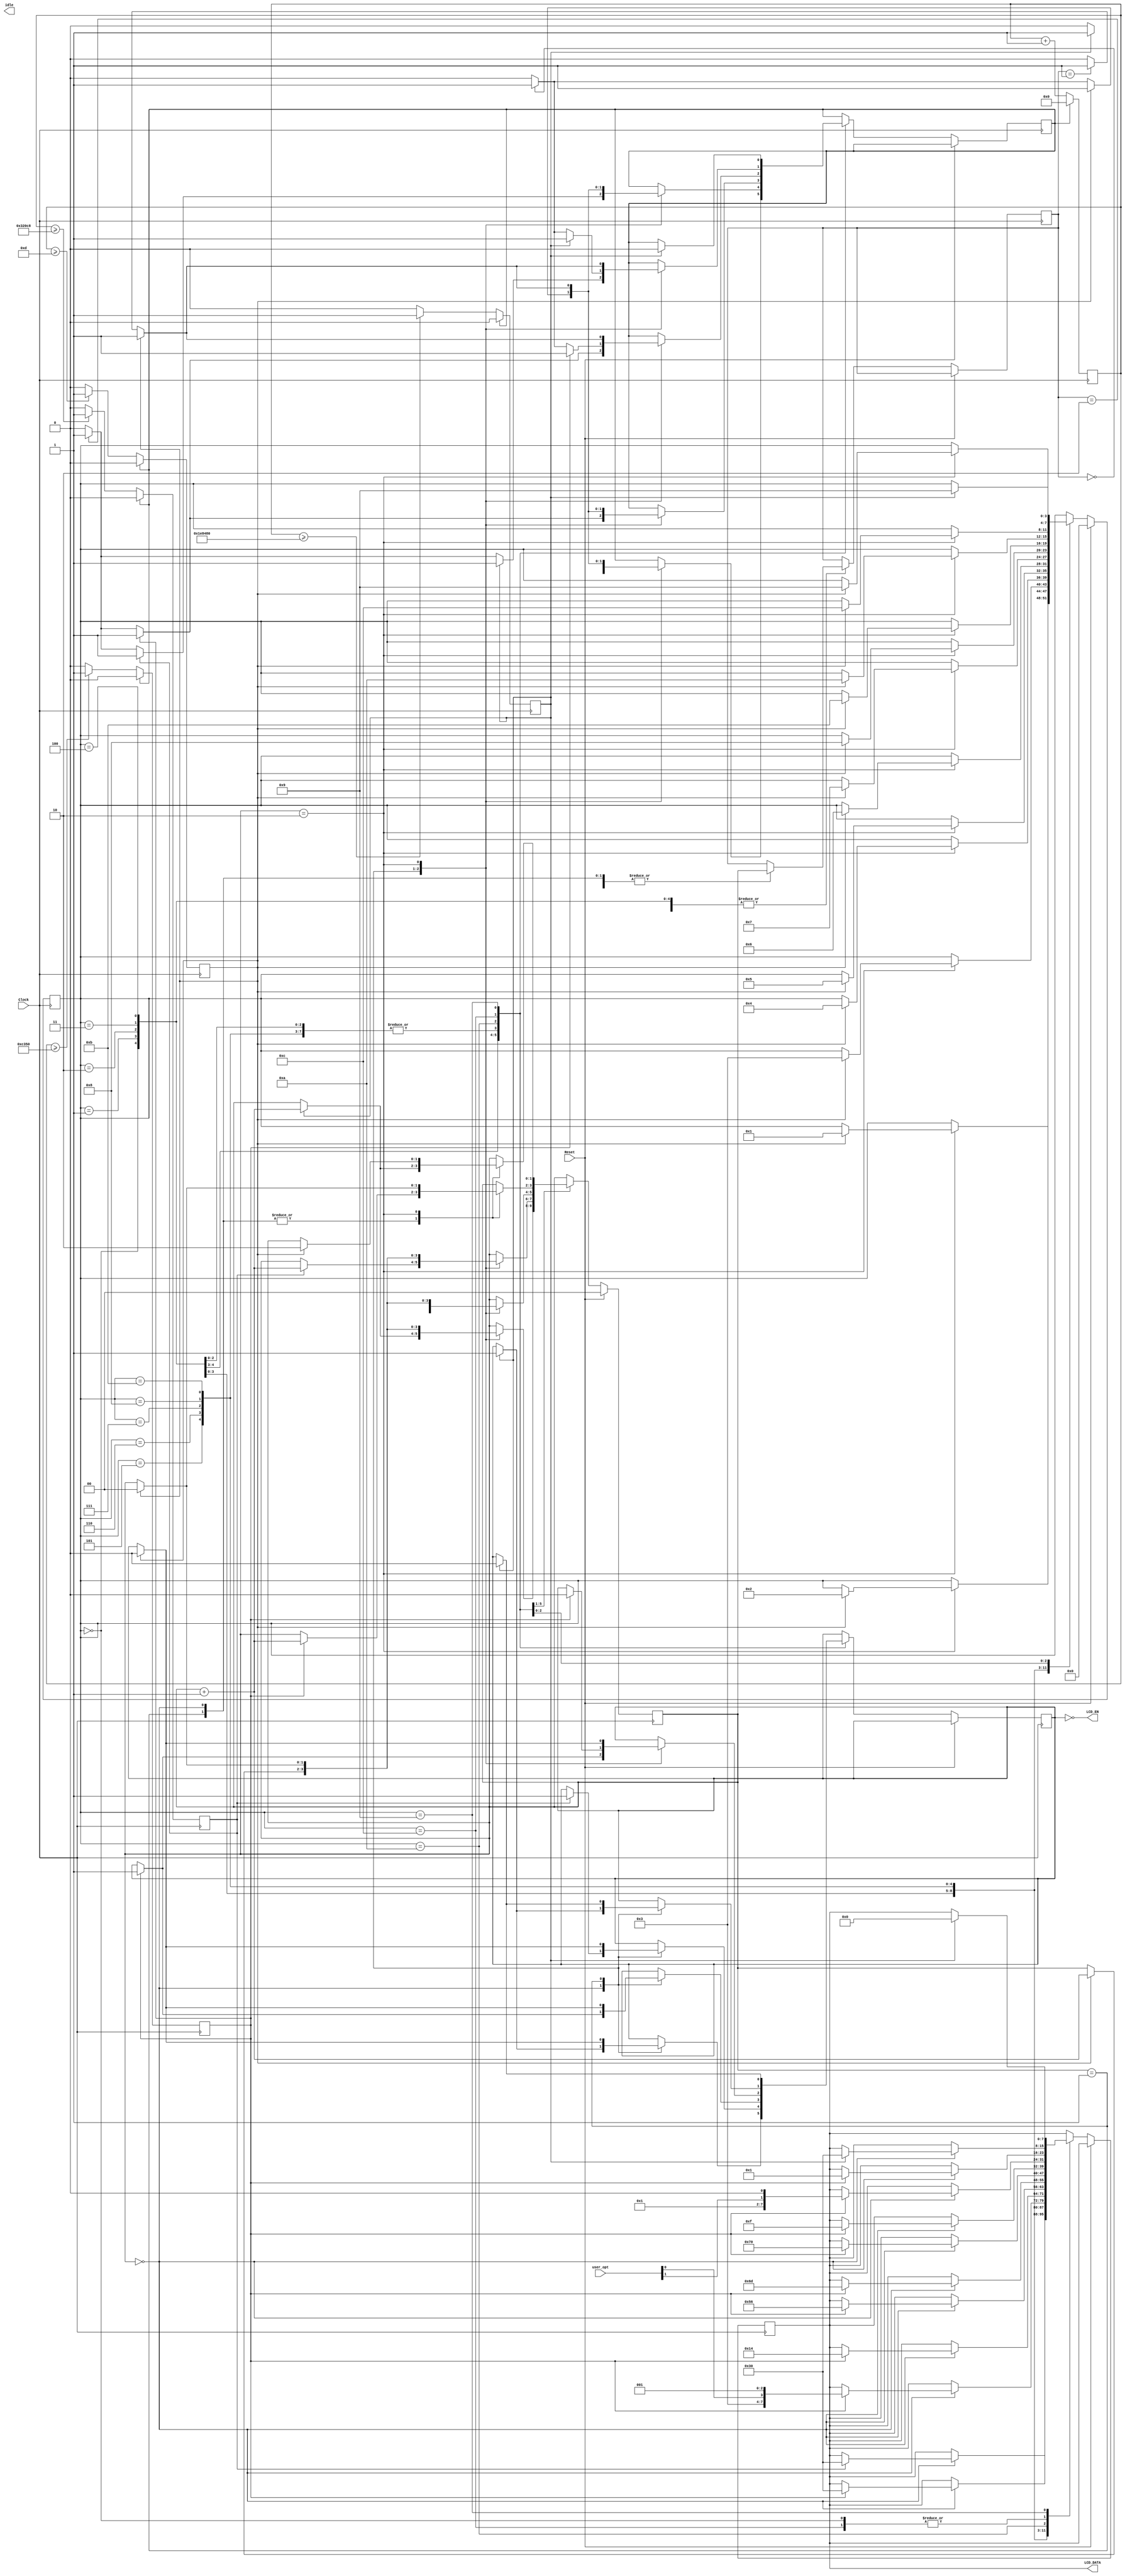
module lcd_controller(

input Clock, 
input Reset,
input [1:0] user_opt,


output LCD_EN,
output [7:0] LCD_DATA,
output idle
);


    parameter   [3:0]   INIT = 4'b0000,
                        CONFIG = 4'b0001,
                        CONFIG_2 = 4'b0010,
                        FUNCTION_SET = 4'b0011,
                        OSC_FREQ = 4'b0100,
                        POWER_CONTROL = 4'b0101,
                        FOLLOWER_CONTROL = 4'b0110,
								CONTRAST = 4'b0111,
                        DISPLAY_ON = 4'b1000,
								IDLE = 4'b1001,
								DISPLAY_CLEAR = 4'b1010,
								ENTRY_MODE = 4'b1011,
								WRITE_CHAR = 4'b1100;


 parameter [20:0]
              t_40ms  = 21'd2_000_000,
              t_4_1ms = 21'd205_000,
              t_250ns = 21'd13,
              t_1ms = 21'd50_000;


reg reg_en = 1'b0;
reg reg_idle = 1'b0;
reg reg_rs, reg_rw;
reg [7:0] reg_db = 8'b0000000;
reg [20:0] counter = 21'd0;
reg [3:0] reg_state = 4'b0000;
reg [1:0] internal_state = 2'b00, prev_state = 2'b00;

wire num_of_lines, cursor_direction;

assign num_of_lines = user_opt[0];
assign cursor_direction = user_opt[1];


reg flag_rst = 1'b1, flag_40ms = 1'b0, flag_4ms = 1'b0, flag_250ns = 1'b0, flag_1ms = 1'b0;

assign LCD_DATA = reg_db;
assign LCD_EN = ~reg_en;


always @(posedge Clock) begin

	if(flag_rst == 1'b1) begin
		flag_1ms <= 1'b0;
		flag_250ns <=1'b0;
		flag_4ms <= 1'b0;
		flag_40ms <= 1'b0;
      counter <= 21'd0;
	end

	else begin

		if(counter >= t_250ns) begin
			flag_250ns <= 1'b1;
		end
		else begin
			flag_250ns <= 1'b0;
		end

	if(counter >= t_1ms) begin
			flag_1ms <= 1'b1;
			end
			else begin
				flag_1ms <= 1'b0;
			end

	if(counter >= t_4_1ms) begin
			flag_4ms <= 1'b1;
			end
			else begin
				flag_4ms <= 1'b0;
			end

	if(counter >= t_40ms) begin
			flag_40ms <= 1'b1;
			end
			else begin
				flag_40ms <= 1'b0;
			end

	    counter = counter + 1'd1;

	    end
	end

	
	always @ (posedge Clock) begin
		
		if(Reset == 1'b1) begin
			reg_state <= INIT;
			internal_state <= 2'b00;
		end
		
		else begin 
				case(reg_state)
				
					INIT: begin
						case(internal_state)
							2'b00: begin 
								flag_rst <= 1'b0;
									if(flag_40ms == 1'b1) begin
										reg_db <= 8'b00110000;
										reg_rs <= 1'b0;
										reg_en <= 1'b1;
										prev_state <= internal_state;
										internal_state <= internal_state + 1'b1;
										reg_state <= reg_state;
										flag_rst <= 1'b1;
									end
								else begin 
									prev_state <= internal_state;
									internal_state <= internal_state;
								end
							end
							2'b01: begin
								if(prev_state == 2'b00) begin
									flag_rst = 1'b1;
								end
								else begin
									flag_rst = 1'b0;
								end
							
								if(flag_250ns == 1'b1) begin
									reg_en <= 1'b0;
									reg_db <= reg_db;
									reg_rs <= 1'b0;
									prev_state <= internal_state;
									internal_state <= internal_state + 1'b1;
									reg_state <= reg_state;
									flag_rst <= 1'b1;
								end
								else begin 
									prev_state <= internal_state;
									internal_state <= internal_state;
								end
							end

							2'b10: begin
								
								if(prev_state == 2'b01) begin
									flag_rst = 1'b1;
								end
								else begin
									flag_rst = 1'b0;
								end
								
								if(flag_250ns == 1'b1) begin
									flag_rst <= 1'b1;
									reg_state <= CONFIG;
									prev_state <= internal_state;
									internal_state <= 2'b00;
								end
								else begin 
									prev_state <= internal_state;
									internal_state <= internal_state;
								end
							end
						endcase
					end

					CONFIG: begin
						
						case(internal_state)
							2'b00: begin 
							if(prev_state == 2'b10) begin
								flag_rst <= 1'b1;
							end
							else begin
								flag_rst <= 1'b0;
							end
							
								if(flag_4ms == 1'b1) begin
									reg_db <= 8'b00110000;
									reg_rs <= 1'b0;
									reg_en <= 1'b1;
									reg_state <= reg_state;
									prev_state <= internal_state;
									internal_state <= internal_state + 1'b1;
									flag_rst <= 1'b1;
								end						
								else begin 
									prev_state <= internal_state;
									internal_state <= internal_state;
								end
							end
							2'b01: begin
							
							if(prev_state == 2'b00) begin
								flag_rst <= 1'b1;
							end
							else begin
								flag_rst <= 1'b0;
							end
							
								if(flag_250ns == 1'b1) begin
									reg_en <= 1'b0;
									reg_db <= reg_db;
									prev_state <= internal_state;
									internal_state <= internal_state + 1'b1;
									reg_state <= reg_state;
									flag_rst <= 1'b1;
								end
								
								else begin 
									prev_state <= internal_state;
									internal_state <= internal_state;
								end
							end

							2'b10: begin
							
							if(prev_state == 2'b01) begin
								flag_rst <= 1'b1;
							end
							else begin
								flag_rst <= 1'b0;
							end
								if(flag_250ns == 1'b1) begin
									flag_rst <= 1'b1;
									reg_state <= CONFIG_2;
									prev_state <= internal_state;
									internal_state <= 2'b00;
								end
								else begin 
									prev_state <= internal_state;
									internal_state <= internal_state;
								end
							end
						endcase
					end

					CONFIG_2: begin

						case(internal_state)
							2'b00: begin 
							if(prev_state == 2'b10) begin
								flag_rst <= 1'b1;
							end
							else begin
								flag_rst <= 1'b0;
							end
								if(flag_1ms == 1'b1) begin
									reg_db <= 8'b00110000;
									reg_rs <= 1'b0;
									reg_en <= 1'b1;
									prev_state <= internal_state;
									internal_state <= internal_state + 1'b1;
									reg_state <= reg_state;
									flag_rst <= 1'b1;
								end
								else begin 
									prev_state <= internal_state;
									internal_state <= internal_state;
								end
							end
							2'b01: begin
							if(prev_state == 2'b00) begin
								flag_rst <= 1'b1;
							end
							else begin
								flag_rst <= 1'b0;
							end
								if(flag_250ns == 1'b1) begin
									reg_en <= 1'b0;
									reg_db <= reg_db;
									prev_state <= internal_state;
									internal_state <= internal_state + 1'b1;
									reg_state <= reg_state;
									flag_rst <= 1'b1;
								end
								else begin 
									prev_state <= internal_state;
									internal_state <= internal_state;
								end
							end

							2'b10: begin
							if(prev_state == 2'b01) begin
								flag_rst <= 1'b1;
							end
							else begin
								flag_rst <= 1'b0;
							end
								if(flag_250ns == 1'b1) begin
									flag_rst <= 1'b1;
									reg_state <= FUNCTION_SET;
									prev_state <= internal_state;
									internal_state <= 2'b00;
								end
								else begin 
									prev_state <= internal_state;
									reg_state <= reg_state;
									internal_state <= internal_state;
								end
							end
						endcase
					end

					FUNCTION_SET: begin
						
						case(internal_state)
							2'b00: begin 
							
							if(prev_state == 2'b10) begin
								flag_rst <= 1'b1;
							end
							else begin
								flag_rst <= 1'b0;
							end
							
								if(flag_1ms == 1'b1) begin
									reg_db <= {4'b0011, num_of_lines, 3'b001}; // 8'b00111001; 
									reg_rs <= 1'b0;
									reg_en <= 1'b1;
									prev_state <= internal_state;
									internal_state <= internal_state + 1'b1;
									flag_rst <= 1'b1;
								end
								else begin 
									prev_state <= internal_state;
									reg_state <= reg_state;
									internal_state <= internal_state;
								end
							end
							2'b01: begin
							if(prev_state == 2'b00) begin
								flag_rst <= 1'b1;
							end
							else begin
								flag_rst <= 1'b0;
							end
								if(flag_250ns == 1'b1) begin
									reg_en <= 1'b0;
									reg_db <= reg_db;
									prev_state <= internal_state;
									internal_state <= internal_state + 1'b1;
									flag_rst <= 1'b1;
								end
								else begin 
									prev_state <= internal_state;
									reg_state <= reg_state;
									internal_state <= internal_state;
								end
							end

							2'b10: begin
							if(prev_state == 2'b01) begin
								flag_rst <= 1'b1;
							end
							else begin
								flag_rst <= 1'b0;
							end
								if(flag_250ns == 1'b1) begin
									flag_rst <= 1'b1;
									reg_state <= OSC_FREQ;
									prev_state <= internal_state;
									internal_state <= 2'b00;
								end
								else begin 
									prev_state <= internal_state;
									reg_state <= reg_state;
									internal_state <= internal_state;
								end
							end
						endcase
					end

					OSC_FREQ: begin
						
						case(internal_state)
							2'b00: begin 
							if(prev_state == 2'b10) begin
								flag_rst <= 1'b1;
							end
							else begin
								flag_rst <= 1'b0;
							end
							if(flag_1ms == 1'b1) begin
									reg_db <= 8'b00010100;
									reg_rs <= 1'b0;
									reg_en <= 1'b1;
									prev_state <= internal_state;
									internal_state <= internal_state + 1'b1;
									flag_rst <= 1'b1;
								end
								else begin 
									prev_state <= internal_state;
									reg_state <= reg_state;
									internal_state <= internal_state;
								end
							end
							2'b01: begin
							if(prev_state == 2'b00) begin
								flag_rst <= 1'b1;
							end
							else begin
								flag_rst <= 1'b0;
							end
								if(flag_250ns == 1'b1) begin
									reg_en <= 1'b0;
									reg_db <= reg_db;
									prev_state <= internal_state;
									internal_state <= internal_state + 1'b1;
									flag_rst <= 1'b1;
								end
								else begin 
									prev_state <= internal_state;
									reg_state <= reg_state;
									internal_state <= internal_state;
								end
							end

							2'b10: begin
							if(prev_state == 2'b01) begin
								flag_rst <= 1'b1;
							end
							else begin
								flag_rst <= 1'b0;
							end
								if(flag_250ns == 1'b1) begin
									flag_rst <= 1'b1;
									reg_db <= reg_db;
									reg_state <= POWER_CONTROL;
									prev_state <= internal_state;
									internal_state <= 2'b00;
								end
								else begin 
									prev_state <= internal_state;
									reg_state <= reg_state;
									internal_state <= internal_state;
								end
							end
						endcase
					end

					POWER_CONTROL: begin
					
						case(internal_state)
							2'b00: begin 
							if(prev_state == 2'b10) begin
								flag_rst <= 1'b1;
							end
							else begin
								flag_rst <= 1'b0;
							end
								if(flag_1ms == 1'b1) begin
									reg_db <= 8'b01010110;
									reg_rs <= 1'b0;
									reg_en <= 1'b1;
									prev_state <= internal_state;
									internal_state <= internal_state + 1'b1;
									flag_rst <= 1'b1;
								end
								else begin 
									prev_state <= internal_state;
									reg_state <= reg_state;
									internal_state <= internal_state;
								end
							end
							2'b01: begin
							if(prev_state == 2'b00) begin
								flag_rst <= 1'b1;
							end
							else begin
								flag_rst <= 1'b0;
							end
								if(flag_250ns == 1'b1) begin
									reg_en <= 1'b0;
									reg_db <= reg_db;
									prev_state <= internal_state;
									internal_state <= internal_state + 1'b1;
									flag_rst <= 1'b1;
								end
								else begin 
									prev_state <= internal_state;
									reg_state <= reg_state;
									internal_state <= internal_state;
								end
							end

							2'b10: begin
							if(prev_state == 2'b01) begin
								flag_rst <= 1'b1;
							end
							else begin
								flag_rst <= 1'b0;
							end
								if(flag_250ns == 1'b1) begin
									flag_rst <= 1'b1;
									reg_db <= reg_db;
									prev_state <= internal_state;
									reg_state <= FOLLOWER_CONTROL;
									internal_state <= 2'b00;
								end
								else begin 
									prev_state <= internal_state;
									reg_state <= reg_state;
									internal_state <= internal_state;
								end
							end
						endcase
					end

					FOLLOWER_CONTROL: begin
						
						case(internal_state)
							2'b00: begin 
							if(prev_state == 2'b10) begin
								flag_rst <= 1'b1;
							end
							else begin
								flag_rst <= 1'b0;
							end
								if(flag_1ms == 1'b1) begin
									reg_db <= 8'b01101101;
									reg_rs <= 1'b0;
									reg_en <= 1'b1;
									prev_state <= internal_state;
									internal_state <= internal_state + 1'b1;
									flag_rst <= 1'b1;
								end
								else begin 
									prev_state <= internal_state;
									reg_state <= reg_state;
									internal_state <= internal_state;
								end
							end
							2'b01: begin
							if(prev_state == 2'b00) begin
								flag_rst <= 1'b1;
							end
							else begin
								flag_rst <= 1'b0;
							end
								if(flag_250ns == 1'b1) begin
									reg_en <= 1'b0;
									reg_db <= reg_db;
									prev_state <= internal_state;
									internal_state <= internal_state + 1'b1;
									flag_rst <= 1'b1;
								end
								else begin 
									prev_state <= internal_state;
									reg_state <= reg_state;
									internal_state <= internal_state;
								end
							end

							2'b10: begin
							if(prev_state == 2'b01) begin
								flag_rst <= 1'b1;
							end
							else begin
								flag_rst <= 1'b0;
							end
								if(flag_250ns == 1'b1) begin
									flag_rst <= 1'b1;
									reg_db <= reg_db;
									prev_state <= internal_state;
									reg_state <= CONTRAST;
									internal_state <= 2'b00;
								end
								else begin 
									prev_state <= internal_state;
									reg_state <= reg_state;
									internal_state <= internal_state;
								end
							end
						endcase
					end
					
					CONTRAST: begin
						
						case(internal_state)
							2'b00: begin 
							if(prev_state == 2'b10) begin
								flag_rst <= 1'b1;
							end
							else begin
								flag_rst <= 1'b0;
							end
								if(flag_1ms == 1'b1) begin
									reg_db <= 8'b01110000;
									reg_rs <= 1'b0;
									reg_en <= 1'b1;
									prev_state <= internal_state;
									internal_state <= internal_state + 1'b1;
									flag_rst <= 1'b1;
								end
								else begin 
									prev_state <= internal_state;
									reg_state <= reg_state;
									internal_state <= internal_state;
								end
							end
							2'b01: begin
							if(prev_state == 2'b00) begin
								flag_rst <= 1'b1;
							end
							else begin
								flag_rst <= 1'b0;
							end
								if(flag_250ns == 1'b1) begin
									reg_en <= 1'b0;
									reg_db <= reg_db;
									prev_state <= internal_state;
									internal_state <= internal_state + 1'b1;
									flag_rst <= 1'b1;
								end
								else begin 
									prev_state <= internal_state;
									reg_state <= reg_state;
									internal_state <= internal_state;
								end
							end

							2'b10: begin
							if(prev_state == 2'b01) begin
								flag_rst <= 1'b1;
							end
							else begin
								flag_rst <= 1'b0;
							end
								if(flag_250ns == 1'b1) begin
									flag_rst <= 1'b1;
									reg_db <= reg_db;
									prev_state <= internal_state;
									reg_state <= DISPLAY_ON;
									internal_state <= 2'b00;
								end
								else begin 
									prev_state <= internal_state;
									reg_state <= reg_state;
									internal_state <= internal_state;
								end
							end
						endcase
					end

					DISPLAY_ON: begin

						case(internal_state)
							2'b00: begin 
							if(prev_state == 2'b10) begin
								flag_rst <= 1'b1;
							end
							else begin
								flag_rst <= 1'b0;
							end
								if(flag_1ms == 1'b1) begin
									reg_db <= 8'b00001111;
									reg_rs <= 1'b0;
									reg_en <= 1'b1;
									prev_state <= internal_state;
									internal_state <= internal_state + 1'b1;
									flag_rst <= 1'b1;
								end
								else begin 
									prev_state <= internal_state;
									reg_state <= reg_state;
									internal_state <= internal_state;
								end
							end
							2'b01: begin
							if(prev_state == 2'b00) begin
								flag_rst <= 1'b1;
							end
							else begin
								flag_rst <= 1'b0;
							end
								if(flag_250ns == 1'b1) begin
									reg_en <= 1'b0;
									reg_db <= reg_db;
									prev_state <= internal_state;
									internal_state <= internal_state + 1'b1;
									flag_rst <= 1'b1;
								end
								else begin 
									prev_state <= internal_state;
									reg_state <= reg_state;
									internal_state <= internal_state;
								end
							end

							2'b10: begin
							if(prev_state == 2'b01) begin
									flag_rst <= 1'b1;
								end
								else begin
									flag_rst <= 1'b0;
								end
								if(flag_250ns == 1'b1) begin
									flag_rst <= 1'b1;
									reg_db <= reg_db;
									prev_state <= internal_state;
									reg_state <= ENTRY_MODE;
									internal_state <= 2'b00;
								end
								else begin 
									prev_state <= internal_state;
									reg_state <= reg_state;
									internal_state <= internal_state;
								end
							end
						endcase
					end

					ENTRY_MODE: begin
						case(internal_state)
							2'b00: begin 
							if(prev_state == 2'b10) begin
								flag_rst <= 1'b1;
							end
							else begin
								flag_rst <= 1'b0;
							end
								if(flag_1ms == 1'b1) begin
									reg_db <=  {6'b000001, cursor_direction, 1'b0}; // 8'b00000101;
									reg_rs <= 1'b0;
									reg_en <= 1'b1;
									prev_state <= internal_state;
									internal_state <= internal_state + 1'b1;
									flag_rst <= 1'b1;
								end
								else begin 
									prev_state <= internal_state;
									reg_state <= reg_state;
									internal_state <= internal_state;
								end
							end
							2'b01: begin
							if(prev_state == 2'b00) begin
								flag_rst <= 1'b1;
							end
							else begin
								flag_rst <= 1'b0;
							end
								if(flag_250ns == 1'b1) begin
									reg_en <= 1'b0;
									reg_db <= reg_db;
									prev_state <= internal_state;
									internal_state <= internal_state + 1'b1;
									flag_rst <= 1'b1;
								end
								else begin 
									prev_state <= internal_state;
									reg_state <= reg_state;
									internal_state <= internal_state;
								end
							end

							2'b10: begin
						if(prev_state == 2'b01) begin
								flag_rst <= 1'b1;
							end
							else begin
								flag_rst <= 1'b0;
							end
								if(flag_250ns == 1'b1) begin
									flag_rst <= 1'b1;
									reg_db <= reg_db;
									reg_state <= DISPLAY_CLEAR;
									prev_state <= internal_state;
									internal_state <= 2'b00;
								end
								else begin 
									prev_state <= internal_state;
									reg_state <= reg_state;
									internal_state <= internal_state;
								end
							end
						endcase
					end

					DISPLAY_CLEAR: begin
						case(internal_state)
							2'b00: begin 
							if(prev_state == 2'b10) begin
								flag_rst <= 1'b1;
							end
							else begin
								flag_rst <= 1'b0;
							end
								if(flag_1ms == 1'b1) begin
									reg_db <= 8'b00000001;
									reg_rs <= 1'b0;
									reg_en <= 1'b1;
									prev_state <= internal_state;
									internal_state <= internal_state + 1'b1;
									flag_rst <= 1'b1;
								end
								else begin 
									prev_state <= internal_state;
									reg_state <= reg_state;
									internal_state <= internal_state;
								end
							end
							2'b01: begin
							if(prev_state == 2'b00) begin
								flag_rst <= 1'b1;
							end
							else begin
								flag_rst <= 1'b0;
							end
								if(flag_1ms == 1'b1) begin
									reg_en <= 1'b0;
									reg_db <= reg_db;
									prev_state <= internal_state;
									internal_state <= internal_state + 1'b1;
									flag_rst <= 1'b1;
								end
								else begin 
									prev_state <= internal_state;
									reg_state <= reg_state;
									internal_state <= internal_state;
								end
							end

							2'b10: begin
							if(prev_state == 2'b01) begin
								flag_rst <= 1'b1;
							end
							else begin
								flag_rst <= 1'b0;
							end
								if(flag_250ns == 1'b1) begin
									flag_rst <= 1'b1;
									reg_en <= 1'b0;
									reg_db <= reg_db;
									prev_state <= internal_state;
									internal_state <= 2'b00;
									reg_state <= WRITE_CHAR;
								end
								else begin 
									prev_state <= internal_state;
									reg_state <= reg_state;
									internal_state <= internal_state;
								end
							end
						endcase
					end
					
					WRITE_CHAR: begin
						case(internal_state)
							2'b00: begin 
							if(prev_state == 2'b10) begin
								flag_rst <= 1'b1;
							end
							else begin
								flag_rst <= 1'b0;
							end
								if(flag_40ms == 1'b1) begin
									reg_db <= 8'b00110000;
									reg_rs <= 1'b1;
									reg_en <= 1'b1;
									prev_state <= internal_state;
									internal_state <= internal_state + 1'b1;
									flag_rst <= 1'b1;
								end
								else begin 
									prev_state <= internal_state;
									reg_state <= reg_state;
									internal_state <= internal_state;
								end
							end
							2'b01: begin
								if(prev_state == 2'b00) begin
										flag_rst <= 1'b1;
									end
									else begin
										flag_rst <= 1'b0;
									end
									 
								if(flag_40ms == 1'b1) begin
									reg_rs <= reg_rs;
									reg_db <= reg_db;
									reg_en <= 1'b0;
									prev_state <= internal_state;
									internal_state <= internal_state + 1'b1;
									flag_rst <= 1'b1;
								end
								else begin 
									prev_state <= internal_state;
									reg_state <= reg_state;
									internal_state <= internal_state;
								end
							end

							2'b10: begin
							if(prev_state == 2'b01) begin
								flag_rst <= 1'b1;
							end
							else begin
								flag_rst <= 1'b0;
							end
								if(flag_250ns == 1'b1) begin
									flag_rst <= 1'b1;
									reg_db <= reg_db;
									reg_rs <= reg_rs;
									reg_state <= IDLE;
									prev_state <= internal_state;
									internal_state <= 2'b10;
								end
								else begin 
									prev_state <= internal_state;
									reg_state <= reg_state;
									internal_state <= internal_state;
								end
							end
						endcase
					end
					
					IDLE: begin
					reg_rs <= 1'b0;
						if(flag_40ms == 1'b1) begin
							flag_rst <= 1'b0;
							reg_en <= 1'b0;
							reg_rs <= 1'b0;
							reg_rw <= 1'b0;
							reg_db <= 8'b00000000;
							reg_state <= IDLE;
							reg_idle <= 1'b1;
						end
					end
			endcase
		end
	end
endmodule